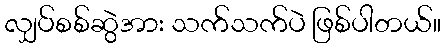
လျှပ်စစ်ဆွဲအား သက်သက်ပဲ ဖြစ်ပါတယ်။